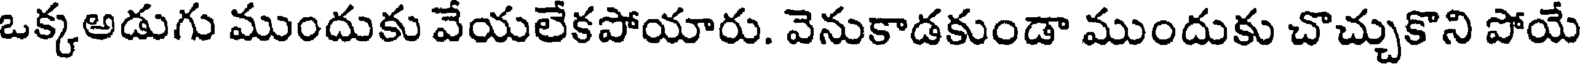
ఒక్కఅడుగు ముందుకు వేయలేకపోయారు. వెనుకాడకుండా ముందుకు చొచ్చుకొని పోయే